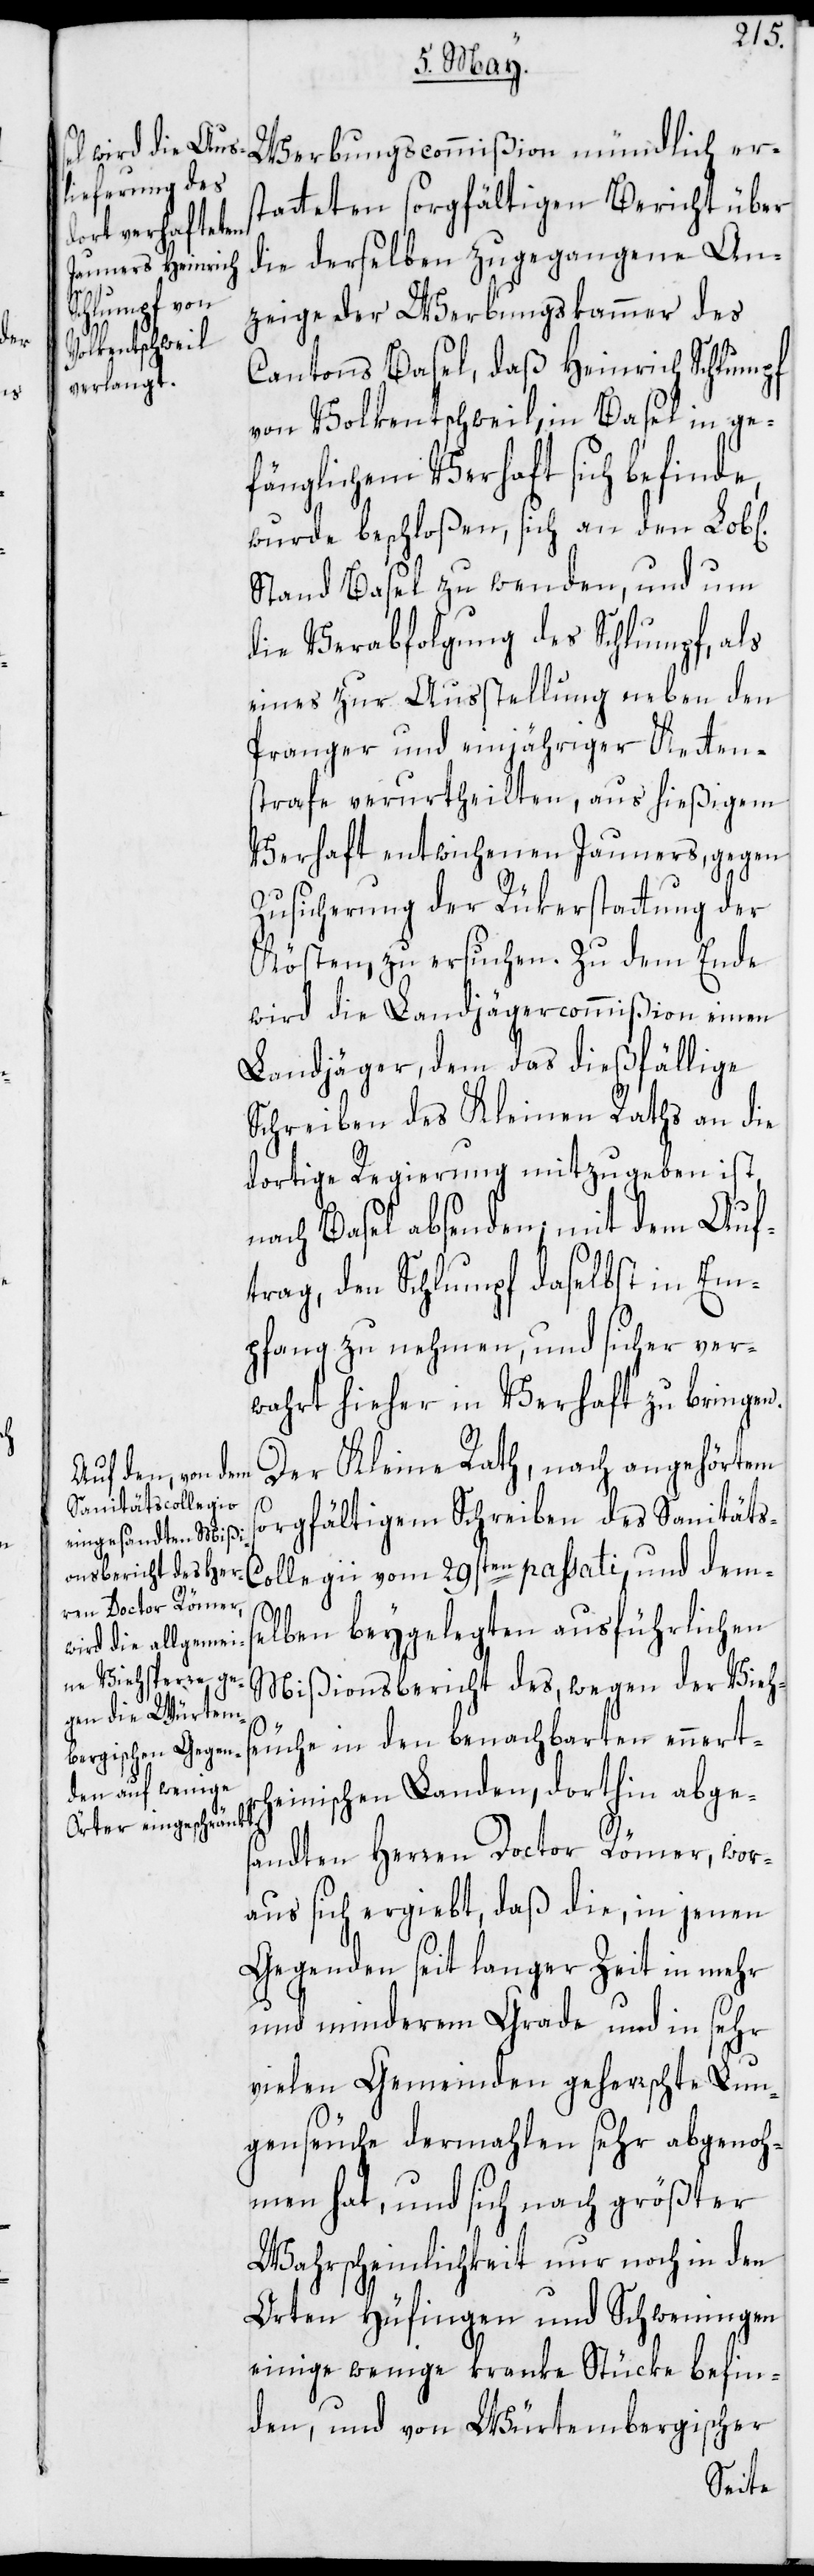
Werbungscommißion mündlich er¬
statteten sorgfältigen Bericht über
die derselben zugegangene An¬
zeige der Werbungskammer des
Cantons Basel, daß Heinrich Schlumpf
von Volkentschweil, in Basel in ge¬
fänglichem Verhaft sich befinde,
wurde beschloßen, sich an den Lob[li¬
Stand Basel zu wenden, und um
die Verabfolgung des Schlumpf, als
eines zur Ausstellung neben den
Pranger und einjähriger Kettens¬
trafe verurtheilten, aus hießigem
Verhaft entwichenen Jauners, gegen
Zusicherung der Rükerstattung der
Kösten, zu ersuchen. Zu dem Ende
wird die Landjägercommißion einen
Landjäger, dem das dießfällige
Schreiben des Kleinen Raths an die
dortige Regierung mitzugeben ist,
nach Basel absenden; mit dem Auf¬
trag, den Schlumpf daselbst in Em¬
pfang zu nehmen, und sicher ver¬
wahrt hieher in Verhaft zu bringen.
Der Kleine Rath, nach angehörtem
s-C¬
orgfältigem Schreiben des Sanität¬
ollegii vom 29sten passati, und dem¬
s¬
elben beygelegten ausführlichen
Mißionsbericht des, wegen der Viehs¬
euche in den benachbarten ennert¬
rheinischen Landen, dorthin abges¬
andten Herren Doctor Römer, wor¬
aus sich ergiebt, daß die, in jenen
Gegenden seit langer Zeit in mehr
und minderem Grade und in sehr
vielen Gemeinden geherrschte Lun¬
genseuche dermahlen sehr abgenoh¬
men hat, und sich nach größter
Wahrscheinlichkeit nur noch in den
Orten Hüfingen und Schweningen
einige wenige kranke Stücke befin¬
den, und von Würtembergischer